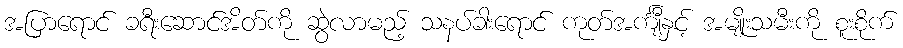
အပြာရောင် ခရီးဆောင်အိတ်ကို ဆွဲလာမည့် သနပ်ခါးရောင် ကုတ်အင်္ကျီနှင့် အမျိုးသမီးကို စူးစိုက်